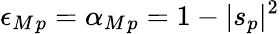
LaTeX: \epsilon_{M}{}_{p}=\alpha_{M}{}_{p}=1-|s_{p}|^{2}